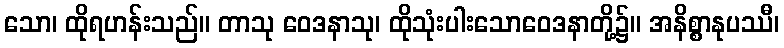
သော၊ ထိုရဟန်းသည်။ တာသု ဝေဒနာသု၊ ထိုသုံးပါးသောဝေဒနာတို့၌။ အနိစ္စာနုပဿီ၊